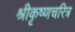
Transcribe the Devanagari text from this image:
श्रीकृष्णचरित्र